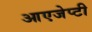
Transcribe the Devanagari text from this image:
आएजेप्टी